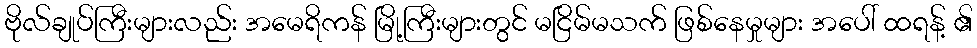
ဗိုလ်ချုပ်ကြီးများလည်း အမေရိကန် မြို့ကြီးများတွင် မငြိမ်မသက် ဖြစ်နေမှုများ အပေါ် ထရန့် ၏